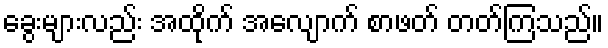
ခွေးများလည်း အထိုက် အလျောက် စာဖတ် တတ်ကြသည်။